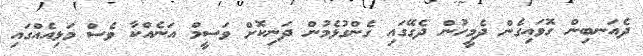
ދެއަނބިން ގޮވައިގެން ދެމީހުން ދެގޭގައި ގެންގުޅެމުން ދަނިކޮށް ވަސީމް އަނެއްކާ ވެސް މަޅިއެއްގައި